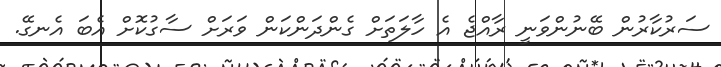
ސަރުކާރުން ބޭނުންވަނީ ރާއްޖެ އެ ހާލަތަށް ގެންދަންކަން ވަރަށް ސާގުކޮށް އެބަ އެނގޭ.